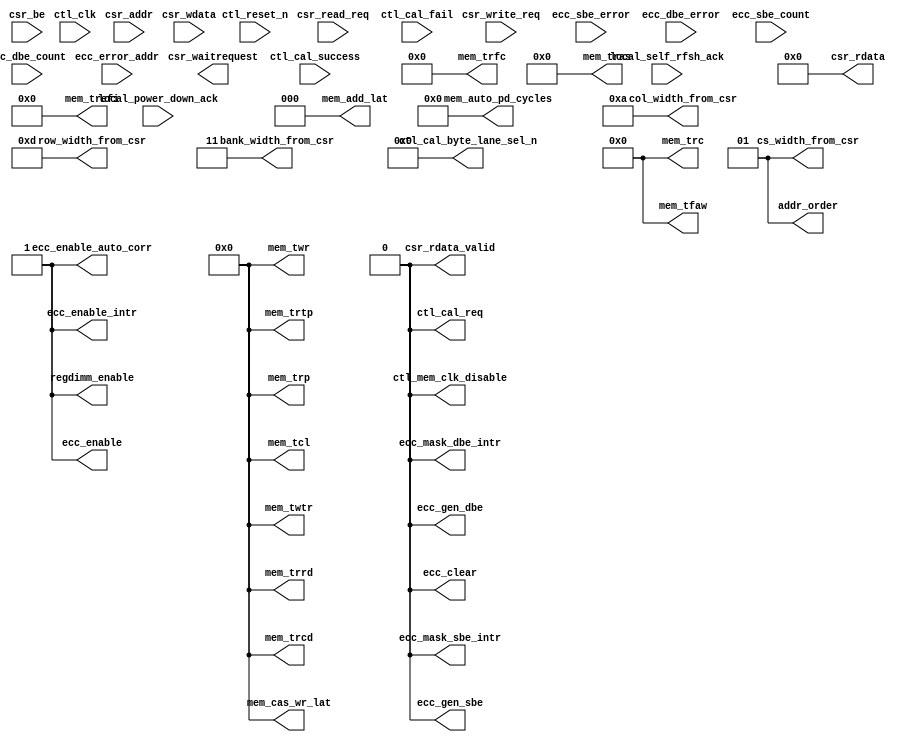
//Legal Notice: (C)2009 Altera Corporation. All rights reserved.  Your
//use of Altera Corporation's design tools, logic functions and other
//software and tools, and its AMPP partner logic functions, and any
//output files any of the foregoing (including device programming or
//simulation files), and any associated documentation or information are
//expressly subject to the terms and conditions of the Altera Program
//License Subscription Agreement or other applicable license agreement,
//including, without limitation, that your use is for the sole purpose
//of programming logic devices manufactured by Altera and sold by Altera
//or its authorized distributors.  Please refer to the applicable
//agreement for further details.

///////////////////////////////////////////////////////////////////////////////
// Title         : DDR controller CSR Interface
//
//
// Abstract      : CSR Interface for run time reconfigurability
///////////////////////////////////////////////////////////////////////////////

`timescale 1 ps / 1 ps
module alt_ddrx_csr #
    ( parameter
        DWIDTH_RATIO                = 2,
        CTL_CSR_ENABLED             = 0,
        CTL_ECC_CSR_ENABLED         = 0,
        CSR_ADDR_WIDTH              = 8,
        CSR_DATA_WIDTH              = 32,
        
        MEM_IF_CLK_PAIR_COUNT       = 1,
        MEM_IF_DQS_WIDTH            = 72,
        
        MEM_IF_CS_WIDTH             = 2,
        MEM_IF_CHIP_BITS            = 1,
        MEM_IF_ROW_WIDTH            = 13,      // max supported row bits
        MEM_IF_COL_WIDTH            = 10,      // max supported column bits
        MEM_IF_BA_WIDTH             = 3,       // max supported bank bits
        
        CTL_ECC_ENABLED             = 1,
        CTL_ECC_RMW_ENABLED         = 1,
        CTL_REGDIMM_ENABLED         = 0,
        
        // timing parameter width
        CAS_WR_LAT_BUS_WIDTH        = 4,       // max will be 8 in DDR3
        ADD_LAT_BUS_WIDTH           = 3,       // max will be 6 in DDR2
        TCL_BUS_WIDTH               = 4,       // max will be 11 in DDR3
        TRRD_BUS_WIDTH              = 4,       // 2 - 8
        TFAW_BUS_WIDTH              = 6,       // 6 - 32
        TRFC_BUS_WIDTH              = 8,       // 12 - 140?
        TREFI_BUS_WIDTH             = 13,      // 780 - 6240
        TRCD_BUS_WIDTH              = 4,       // 2 - 11
        TRP_BUS_WIDTH               = 4,       // 2 - 11
        TWR_BUS_WIDTH               = 4,       // 2 - 12
        TWTR_BUS_WIDTH              = 4,       // 1 - 10
        TRTP_BUS_WIDTH              = 4,       // 2 - 8
        TRAS_BUS_WIDTH              = 5,       // 4 - 29
        TRC_BUS_WIDTH               = 6,       // 8 - 40
        AUTO_PD_BUS_WIDTH           = 16,      // same as CSR interface
        
        // timing parameter
        MEM_CAS_WR_LAT              = 0,        // these timing parameter must be set properly for controller to work
        MEM_ADD_LAT                 = 0,        // these timing parameter must be set properly for controller to work
        MEM_TCL                     = 0,        // these timing parameter must be set properly for controller to work
        MEM_TRRD                    = 0,        // these timing parameter must be set properly for controller to work
        MEM_TFAW                    = 0,        // these timing parameter must be set properly for controller to work
        MEM_TRFC                    = 0,        // these timing parameter must be set properly for controller to work
        MEM_TREFI                   = 0,        // these timing parameter must be set properly for controller to work
        MEM_TRCD                    = 0,        // these timing parameter must be set properly for controller to work
        MEM_TRP                     = 0,        // these timing parameter must be set properly for controller to work
        MEM_TWR                     = 0,        // these timing parameter must be set properly for controller to work
        MEM_TWTR                    = 0,        // these timing parameter must be set properly for controller to work
        MEM_TRTP                    = 0,        // these timing parameter must be set properly for controller to work
        MEM_TRAS                    = 0,        // these timing parameter must be set properly for controller to work
        MEM_TRC                     = 0,        // these timing parameter must be set properly for controller to work
        MEM_AUTO_PD_CYCLES          = 0,        // these timing parameter must be set properly for controller to work
        
        // parameters used by input interface
        ADDR_ORDER                  = 1,        // normally we will use '1' for chip, bank, row, column arrangement
        MEM_IF_CSR_COL_WIDTH        = 4,
        MEM_IF_CSR_ROW_WIDTH        = 5,
        MEM_IF_CSR_BANK_WIDTH       = 2,
        MEM_IF_CSR_CS_WIDTH         = 2
    )
    (
        ctl_clk,
        ctl_reset_n,
        
        // csr interface (Avalon)
        csr_addr,
        csr_be,
        csr_write_req,
        csr_wdata,
        csr_read_req,
        csr_rdata,
        csr_rdata_valid,
        csr_waitrequest,
        
        // input from PHY
        ctl_cal_success,
        ctl_cal_fail,
        
        // input from state machine
        local_power_down_ack,
        local_self_rfsh_ack,
        
        // input from ecc
        ecc_sbe_error,
        ecc_dbe_error,
        ecc_sbe_count,
        ecc_dbe_count,
        ecc_error_addr,
        
        // output to PHY
        ctl_cal_req,
        ctl_mem_clk_disable,
        ctl_cal_byte_lane_sel_n,
        
        // output to timer
        mem_cas_wr_lat,
        mem_add_lat,
        mem_tcl,
        mem_trrd,
        mem_tfaw,
        mem_trfc,
        mem_trefi,
        mem_trcd,
        mem_trp,
        mem_twr,
        mem_twtr,
        mem_trtp,
        mem_tras,
        mem_trc,
        mem_auto_pd_cycles,
        
        // output to input interface
        addr_order,
        col_width_from_csr,
        row_width_from_csr,
        bank_width_from_csr,
        cs_width_from_csr,
        
        // output to ecc
        ecc_enable,
        ecc_enable_auto_corr,
        ecc_gen_sbe,
        ecc_gen_dbe,
        ecc_enable_intr,
        ecc_mask_sbe_intr,
        ecc_mask_dbe_intr,
        ecc_clear,

        // output to others
        regdimm_enable
    );

input ctl_clk;
input ctl_reset_n;

input csr_write_req;
input csr_read_req;
input [CSR_ADDR_WIDTH - 1       : 0] csr_addr;
input [CSR_DATA_WIDTH - 1       : 0] csr_wdata;
input [(CSR_DATA_WIDTH / 8) - 1 : 0] csr_be;

output csr_waitrequest;
output csr_rdata_valid;
output [CSR_DATA_WIDTH - 1 : 0] csr_rdata;

// input from AFI
input ctl_cal_success;
input ctl_cal_fail;

// input from state machine
input local_power_down_ack;
input local_self_rfsh_ack;

// input from ecc
input           ecc_sbe_error;
input           ecc_dbe_error;
input  [7  : 0] ecc_sbe_count;
input  [7  : 0] ecc_dbe_count;
input  [31 : 0] ecc_error_addr;

// output to PHY
output                                              ctl_cal_req;
output [MEM_IF_CLK_PAIR_COUNT              - 1 : 0] ctl_mem_clk_disable;
output [MEM_IF_DQS_WIDTH * MEM_IF_CS_WIDTH - 1 : 0] ctl_cal_byte_lane_sel_n;

// output to timer
output [CAS_WR_LAT_BUS_WIDTH - 1 : 0] mem_cas_wr_lat;
output [ADD_LAT_BUS_WIDTH    - 1 : 0] mem_add_lat;
output [TCL_BUS_WIDTH        - 1 : 0] mem_tcl;
output [TRRD_BUS_WIDTH       - 1 : 0] mem_trrd;
output [TFAW_BUS_WIDTH       - 1 : 0] mem_tfaw;
output [TRFC_BUS_WIDTH       - 1 : 0] mem_trfc;
output [TREFI_BUS_WIDTH      - 1 : 0] mem_trefi;
output [TRCD_BUS_WIDTH       - 1 : 0] mem_trcd;
output [TRP_BUS_WIDTH        - 1 : 0] mem_trp;
output [TWR_BUS_WIDTH        - 1 : 0] mem_twr;
output [TWTR_BUS_WIDTH       - 1 : 0] mem_twtr;
output [TRTP_BUS_WIDTH       - 1 : 0] mem_trtp;
output [TRAS_BUS_WIDTH       - 1 : 0] mem_tras;
output [TRC_BUS_WIDTH        - 1 : 0] mem_trc;
output [AUTO_PD_BUS_WIDTH    - 1 : 0] mem_auto_pd_cycles;

// output to input interface
output [1 : 0]                         addr_order;
output [MEM_IF_CSR_COL_WIDTH  - 1 : 0] col_width_from_csr;
output [MEM_IF_CSR_ROW_WIDTH  - 1 : 0] row_width_from_csr;
output [MEM_IF_CSR_BANK_WIDTH - 1 : 0] bank_width_from_csr;
output [MEM_IF_CSR_CS_WIDTH   - 1 : 0] cs_width_from_csr;

//output to ecc
output ecc_enable;
output ecc_enable_auto_corr;
output ecc_gen_sbe;
output ecc_gen_dbe;
output ecc_enable_intr;
output ecc_mask_sbe_intr;
output ecc_mask_dbe_intr;
output ecc_clear;

output regdimm_enable;

wire csr_waitrequest;
wire csr_rdata_valid;
wire [CSR_DATA_WIDTH - 1 : 0] csr_rdata;

reg int_write_req;
reg int_read_req;
reg int_rdata_valid;
reg [8              - 1       : 0] int_addr; // hard-coded to only 8 bits
reg [CSR_DATA_WIDTH - 1       : 0] int_wdata;
reg [CSR_DATA_WIDTH - 1       : 0] int_rdata;
reg [(CSR_DATA_WIDTH / 8) - 1 : 0] int_be;

// output to PHY
wire                                              ctl_cal_req;
wire [MEM_IF_CLK_PAIR_COUNT              - 1 : 0] ctl_mem_clk_disable;
wire [MEM_IF_DQS_WIDTH * MEM_IF_CS_WIDTH - 1 : 0] ctl_cal_byte_lane_sel_n;

// output to timer
wire [CAS_WR_LAT_BUS_WIDTH - 1 : 0] mem_cas_wr_lat;
wire [ADD_LAT_BUS_WIDTH    - 1 : 0] mem_add_lat;
wire [TCL_BUS_WIDTH        - 1 : 0] mem_tcl;
wire [TRRD_BUS_WIDTH       - 1 : 0] mem_trrd;
wire [TFAW_BUS_WIDTH       - 1 : 0] mem_tfaw;
wire [TRFC_BUS_WIDTH       - 1 : 0] mem_trfc;
wire [TREFI_BUS_WIDTH      - 1 : 0] mem_trefi;
wire [TRCD_BUS_WIDTH       - 1 : 0] mem_trcd;
wire [TRP_BUS_WIDTH        - 1 : 0] mem_trp;
wire [TWR_BUS_WIDTH        - 1 : 0] mem_twr;
wire [TWTR_BUS_WIDTH       - 1 : 0] mem_twtr;
wire [TRTP_BUS_WIDTH       - 1 : 0] mem_trtp;
wire [TRAS_BUS_WIDTH       - 1 : 0] mem_tras;
wire [TRC_BUS_WIDTH        - 1 : 0] mem_trc;
wire [AUTO_PD_BUS_WIDTH    - 1 : 0] mem_auto_pd_cycles;

// output to input interface
wire [1 : 0]                         addr_order;
wire [MEM_IF_CSR_COL_WIDTH  - 1 : 0] col_width_from_csr;
wire [MEM_IF_CSR_ROW_WIDTH  - 1 : 0] row_width_from_csr;
wire [MEM_IF_CSR_BANK_WIDTH - 1 : 0] bank_width_from_csr;
wire [MEM_IF_CSR_CS_WIDTH   - 1 : 0] cs_width_from_csr;

//output to ecc
wire ecc_enable;
wire ecc_enable_auto_corr;
wire ecc_gen_sbe;
wire ecc_gen_dbe;
wire ecc_enable_intr;
wire ecc_mask_sbe_intr;
wire ecc_mask_dbe_intr;
wire ecc_clear;

// output to others
wire regdimm_enable;

// CSR read registers
reg [CSR_DATA_WIDTH - 1 : 0] read_csr_register_100;

reg [CSR_DATA_WIDTH - 1 : 0] read_csr_register_110;

reg [CSR_DATA_WIDTH - 1 : 0] read_csr_register_120;
reg [CSR_DATA_WIDTH - 1 : 0] read_csr_register_121;
reg [CSR_DATA_WIDTH - 1 : 0] read_csr_register_122;
reg [CSR_DATA_WIDTH - 1 : 0] read_csr_register_123;
reg [CSR_DATA_WIDTH - 1 : 0] read_csr_register_124;
reg [CSR_DATA_WIDTH - 1 : 0] read_csr_register_125;
reg [CSR_DATA_WIDTH - 1 : 0] read_csr_register_126;

reg [CSR_DATA_WIDTH - 1 : 0] read_csr_register_130;
reg [CSR_DATA_WIDTH - 1 : 0] read_csr_register_131;
reg [CSR_DATA_WIDTH - 1 : 0] read_csr_register_132;

/*------------------------------------------------------------------------------

   CSR Interface

------------------------------------------------------------------------------*/
generate
    if (!CTL_CSR_ENABLED && !CTL_ECC_CSR_ENABLED)
    begin
        // when both csr and ecc csr is disabled
        assign csr_rdata       = 0;
        assign csr_rdata_valid = 0;
    end
    else
    begin
        // register all inputs
        always @ (posedge ctl_clk or negedge ctl_reset_n)
        begin
            if (!ctl_reset_n)
            begin
                int_write_req <= 0;
                int_read_req  <= 0;
                int_addr      <= 0;
                int_wdata     <= 0;
                int_be        <= 0;
            end
            else
            begin
                int_addr  <= csr_addr [7 : 0]; // we only need the bottom 8 bits
                int_wdata <= csr_wdata;
                int_be    <= csr_be;
                
                if (csr_write_req)
                    int_write_req <= 1'b1;
                else
                    int_write_req <= 1'b0;
                
                if (csr_read_req)
                    int_read_req <= 1'b1;
                else
                    int_read_req <= 1'b0;
            end
        end
        
        /*------------------------------------------------------------------------------
        
           Read Interface
        
        ------------------------------------------------------------------------------*/
        assign csr_rdata       = int_rdata;
        assign csr_rdata_valid = int_rdata_valid;
        
        always @ (posedge ctl_clk or negedge ctl_reset_n)
        begin
            if (!ctl_reset_n)
            begin
                int_rdata       <= 0;
                int_rdata_valid <= 0;
            end
            else
            begin
                if (int_read_req)
                begin
                    if (int_addr == 8'h00)
                        int_rdata <= read_csr_register_100;
                    else if (int_addr == 8'h10)
                        int_rdata <= read_csr_register_110;
                    else if (int_addr == 8'h20)
                        int_rdata <= read_csr_register_120;
                    else if (int_addr == 8'h21)
                        int_rdata <= read_csr_register_121;
                    else if (int_addr == 8'h22)
                        int_rdata <= read_csr_register_122;
                    else if (int_addr == 8'h23)
                        int_rdata <= read_csr_register_123;
                    else if (int_addr == 8'h24)
                        int_rdata <= read_csr_register_124;
                    else if (int_addr == 8'h25)
                        int_rdata <= read_csr_register_125;
                    else if (int_addr == 8'h26)
                        int_rdata <= read_csr_register_126;
                    else if (int_addr == 8'h30)
                        int_rdata <= read_csr_register_130;
                    else if (int_addr == 8'h31)
                        int_rdata <= read_csr_register_131;
                    else if (int_addr == 8'h32)
                        int_rdata <= read_csr_register_132;
                end
                
                if (int_read_req)
                    int_rdata_valid <= 1'b1;
                else
                    int_rdata_valid <= 1'b0;
            end
        end
    end
endgenerate

/*------------------------------------------------------------------------------

   CSR Registers

------------------------------------------------------------------------------*/
generate
    genvar i;
    if (!CTL_CSR_ENABLED) // when csr is disabled
    begin
        // assigning values to the top
        assign mem_cas_wr_lat          = MEM_CAS_WR_LAT;
        assign mem_add_lat             = MEM_ADD_LAT;
        assign mem_tcl                 = MEM_TCL;
        assign mem_trrd                = MEM_TRRD;
        assign mem_tfaw                = MEM_TFAW;
        assign mem_trfc                = MEM_TRFC;
        assign mem_trefi               = MEM_TREFI;
        assign mem_trcd                = MEM_TRCD;
        assign mem_trp                 = MEM_TRP;
        assign mem_twr                 = MEM_TWR;
        assign mem_twtr                = MEM_TWTR;
        assign mem_trtp                = MEM_TRTP;
        assign mem_tras                = MEM_TRAS;
        assign mem_trc                 = MEM_TRC;
        assign mem_auto_pd_cycles      = MEM_AUTO_PD_CYCLES;
        
        assign addr_order              = ADDR_ORDER;
        assign cs_width_from_csr       = MEM_IF_CS_WIDTH > 1 ? MEM_IF_CHIP_BITS : 0;
        assign bank_width_from_csr     = MEM_IF_BA_WIDTH;
        assign row_width_from_csr      = MEM_IF_ROW_WIDTH;
        assign col_width_from_csr      = MEM_IF_COL_WIDTH;
        
        assign ctl_cal_req             = 0;
        assign ctl_mem_clk_disable     = 0;
        assign ctl_cal_byte_lane_sel_n = 0;
        
        assign regdimm_enable          = 1'b1; // udimm or rdimm determined by parameter CTL_REGDIMM_ENABLED
    end
    else
    begin
        /*------------------------------------------------------------------------------
        
           0x100 ALTMEPHY Status and Control Register
        
        ------------------------------------------------------------------------------*/
        reg         csr_cal_success;
        reg         csr_cal_fail;
        reg         csr_cal_req;
        reg [5 : 0] csr_clock_off;
        
        // assign value back to top
        assign ctl_cal_req         = csr_cal_req;
        assign ctl_mem_clk_disable = csr_clock_off [MEM_IF_CLK_PAIR_COUNT - 1 : 0];
        
        // register arrays to store CSR informations
        always @ (posedge ctl_clk or negedge ctl_reset_n)
        begin
            if (!ctl_reset_n)
            begin
                csr_cal_req     <= 0;
                csr_clock_off   <= 0;
            end
            else
            begin
                // write request
                if (int_write_req && int_addr == 8'h00)
                begin
                    if (int_be [0])
                    begin
                        csr_cal_req   <= int_wdata [2]     ;
                    end
                    
                    if (int_be [1])
                    begin
                        csr_clock_off <= int_wdata [13 : 8];
                    end
                end
            end
        end
        
        // read only registers
        always @ (posedge ctl_clk or negedge ctl_reset_n)
        begin
            if (!ctl_reset_n)
            begin
                csr_cal_success <= 0;
                csr_cal_fail    <= 0;
            end
            else
            begin
                csr_cal_success <= ctl_cal_success;
                csr_cal_fail    <= ctl_cal_fail;
            end
        end
        
        // assigning read datas back to 32 bit bus
        always @ (*)
        begin
            // first, set all to zeros
            read_csr_register_100 = 0;
            
            // then we set individual bits
            read_csr_register_100 [0]      <= csr_cal_success;
            read_csr_register_100 [1]      <= csr_cal_fail;
            read_csr_register_100 [2]      <= csr_cal_req;
            read_csr_register_100 [13 : 8] <= csr_clock_off;
        end
        
        /*------------------------------------------------------------------------------
        
           0x110 Controller Status and Control Register
        
        ------------------------------------------------------------------------------*/
        reg [15 : 0] csr_auto_pd_cycles;
        reg          csr_auto_pd_ack;
        reg          csr_self_rfsh;    // yyong: remember to handle this
        reg          csr_self_rfsh_ack;
        reg          csr_ganged_arf;   // yyong: remember to handle this
        reg [1  : 0] csr_addr_order;
        reg          csr_reg_dimm;     // yyong: remember to handle this
        reg [1  : 0] csr_drate;
        
        // assign value back to top
        assign mem_auto_pd_cycles = csr_auto_pd_cycles;
        assign addr_order         = csr_addr_order;
        assign regdimm_enable     = csr_reg_dimm;
        
        // register arrays to store CSR informations
        always @ (posedge ctl_clk or negedge ctl_reset_n)
        begin
            if (!ctl_reset_n)
            begin
                csr_auto_pd_cycles <= MEM_AUTO_PD_CYCLES;  // reset to default value
                csr_self_rfsh      <= 0;
                csr_ganged_arf     <= 0;
                csr_addr_order     <= 2'b01;               // reset to default value
                csr_reg_dimm       <= CTL_REGDIMM_ENABLED; // reset to default value
            end
            else
            begin
                // write request
                if (int_write_req && int_addr == 8'h10)
                begin
                    if (int_be [0])
                    begin
                        csr_auto_pd_cycles [ 7 :  0] <= int_wdata [ 7 :  0];
                    end
                    
                    if (int_be [1])
                    begin
                        csr_auto_pd_cycles [15 :  8] <= int_wdata [15 :  8];
                    end
                    
                    if (int_be [2])
                    begin
                        csr_self_rfsh      <= int_wdata [17]     ;
                        csr_ganged_arf     <= int_wdata [19]     ;
                        csr_addr_order     <= int_wdata [21 : 20];
                        csr_reg_dimm       <= int_wdata [22]     ;
                    end
                end
            end
        end
        
        // read only registers
        always @ (posedge ctl_clk or negedge ctl_reset_n)
        begin
            if (!ctl_reset_n)
            begin
                csr_auto_pd_ack   <= 0;
                csr_self_rfsh_ack <= 0;
                csr_drate         <= 0;
            end
            else
            begin
                csr_auto_pd_ack   <= local_power_down_ack;
                csr_self_rfsh_ack <= local_self_rfsh_ack;
                csr_drate         <= (DWIDTH_RATIO == 2) ? 2'b00 : 2'b01; // Fullrate - 00, Halfrate - 01
            end
        end
        
        // assigning read datas back to 32 bit bus
        always @ (*)
        begin
            // first, set all to zeros
            read_csr_register_110 = 0;
            
            // then we set individual bits
            read_csr_register_110 [15 : 0 ] <= csr_auto_pd_cycles;
            read_csr_register_110 [16]      <= csr_auto_pd_ack;
            read_csr_register_110 [17]      <= csr_self_rfsh;
            read_csr_register_110 [18]      <= csr_self_rfsh_ack;
            read_csr_register_110 [19]      <= csr_ganged_arf;
            read_csr_register_110 [21 : 20] <= csr_addr_order;
            read_csr_register_110 [22]      <= csr_reg_dimm;
        end
        
        /*------------------------------------------------------------------------------
        
           0x120 Memory Address Sizes 0
        
        ------------------------------------------------------------------------------*/
        reg [7 : 0] csr_col_width;
        reg [7 : 0] csr_row_width;
        reg [3 : 0] csr_bank_width;
        reg [3 : 0] csr_chip_width;
        
        // assign value back to top
        assign cs_width_from_csr    = csr_chip_width [MEM_IF_CSR_CS_WIDTH   - 1 : 0];
        assign bank_width_from_csr  = csr_bank_width [MEM_IF_CSR_BANK_WIDTH - 1 : 0];
        assign row_width_from_csr   = csr_row_width  [MEM_IF_CSR_ROW_WIDTH  - 1 : 0];
        assign col_width_from_csr   = csr_col_width  [MEM_IF_CSR_COL_WIDTH  - 1 : 0];
        
        // register arrays to store CSR informations
        always @ (posedge ctl_clk or negedge ctl_reset_n)
        begin
            if (!ctl_reset_n)
            begin
                csr_col_width  <= MEM_IF_COL_WIDTH;                           // reset to default value
                csr_row_width  <= MEM_IF_ROW_WIDTH;                           // reset to default value
                csr_bank_width <= MEM_IF_BA_WIDTH;                            // reset to default value
                csr_chip_width <= MEM_IF_CS_WIDTH > 1 ? MEM_IF_CHIP_BITS : 0; // reset to default value
            end
            else
            begin
                // write request
                if (int_write_req && int_addr == 8'h20)
                begin
                    if (int_be [0])
                    begin
                        csr_col_width  <= int_wdata [7  : 0 ];
                    end
                    
                    if (int_be [1])
                    begin
                        csr_row_width  <= int_wdata [15 : 8 ];
                    end
                    
                    if (int_be [2])
                    begin
                         csr_bank_width <= int_wdata [19 : 16];
                         csr_chip_width <= int_wdata [23 : 20];
                    end
                end
            end
        end
        
        // assigning read datas back to 32 bit bus
        always @ (*)
        begin
            // first, set all to zeros
            read_csr_register_120 = 0;
            
            // then we set individual bits
            read_csr_register_120 [7  : 0 ] <= csr_col_width;
            read_csr_register_120 [15 : 8 ] <= csr_row_width;
            read_csr_register_120 [19 : 16] <= csr_bank_width;
            read_csr_register_120 [23 : 20] <= csr_chip_width;
        end
        
        /*------------------------------------------------------------------------------
        
           0x121 Memory Address Sizes 1
        
        ------------------------------------------------------------------------------*/
        reg [31 : 0] csr_data_binary_representation;
        reg [7 : 0] csr_chip_binary_representation;
        
        reg [MEM_IF_DQS_WIDTH * MEM_IF_CS_WIDTH - 1 : 0] cal_byte_lane;
        
        // assign value back to top
        assign ctl_cal_byte_lane_sel_n = ~cal_byte_lane;
        
        // determine cal_byte_lane base on csr data
        for (i = 0;i < MEM_IF_CS_WIDTH;i = i + 1)
        begin : ctl_cal_byte_lane_per_chip
            always @ (posedge ctl_clk or negedge ctl_reset_n)
            begin
                if (!ctl_reset_n)
                    cal_byte_lane [(i + 1) * MEM_IF_DQS_WIDTH - 1 : i * MEM_IF_DQS_WIDTH] <= {MEM_IF_DQS_WIDTH{1'b1}}; // setting to all ones
                else
                begin
                    if (csr_chip_binary_representation[i])
                        cal_byte_lane [(i + 1) * MEM_IF_DQS_WIDTH - 1 : i * MEM_IF_DQS_WIDTH] <= csr_data_binary_representation [MEM_IF_DQS_WIDTH - 1 : 0];
                    else
                        cal_byte_lane [(i + 1) * MEM_IF_DQS_WIDTH - 1 : i * MEM_IF_DQS_WIDTH] <= 0;
                end
            end
        end
        
        // register arrays to store CSR informations
        always @ (posedge ctl_clk or negedge ctl_reset_n)
        begin
            if (!ctl_reset_n)
            begin
                csr_data_binary_representation <= {MEM_IF_DQS_WIDTH{1'b1}};
            end
            else
            begin
                // write request
                if (int_write_req && int_addr == 8'h21)
                begin
                    if (int_be [0])
                    begin
                        csr_data_binary_representation [ 7 :  0] <= int_wdata [ 7 :  0];
                    end
                    
                    if (int_be [1])
                    begin
                        csr_data_binary_representation [15 :  8] <= int_wdata [15 :  8];
                    end
                    
                    if (int_be [2])
                    begin
                        csr_data_binary_representation [23 : 16] <= int_wdata [23 : 16];
                    end
                    
                    if (int_be [3])
                    begin
                        csr_data_binary_representation [31 : 24] <= int_wdata [31 : 24];
                    end
                end
            end
        end
        
        // assigning read datas back to 32 bit bus
        always @ (*)
        begin
            // first, set all to zeros
            read_csr_register_121 = 0;
            
            // then we set individual bits
            read_csr_register_121 [31 : 0 ] <= csr_data_binary_representation;
        end
        
        /*------------------------------------------------------------------------------
        
           0x122 Memory Address Sizes 2
        
        ------------------------------------------------------------------------------*/
        // register arrays to store CSR informations
        always @ (posedge ctl_clk or negedge ctl_reset_n)
        begin
            if (!ctl_reset_n)
            begin
                csr_chip_binary_representation <= {MEM_IF_CS_WIDTH{1'b1}};
            end
            else
            begin
                // write request
                if (int_write_req && int_addr == 8'h22)
                begin
                    if (int_be [0])
                    begin
                        csr_chip_binary_representation [ 7 :  0] <= int_wdata [7  : 0 ];
                    end
                end
            end
        end
        
        // assigning read datas back to 32 bit bus
        always @ (*)
        begin
            // first, set all to zeros
            read_csr_register_122 = 0;
            
            // then we set individual bits
            read_csr_register_122 [7  : 0 ] <= csr_chip_binary_representation;
        end
        
        /*------------------------------------------------------------------------------
        
           0x123 Memory Timing Parameters Registers 0
        
        ------------------------------------------------------------------------------*/
        reg [3 : 0] csr_trcd;
        reg [3 : 0] csr_trrd;
        reg [3 : 0] csr_trp;
        reg [3 : 0] csr_tmrd; // yyong: might remove this
        reg [7 : 0] csr_tras;
        reg [7 : 0] csr_trc;
        
        // assign value back to top
        assign mem_trcd = csr_trcd [TRCD_BUS_WIDTH - 1 : 0];
        assign mem_trrd = csr_trrd [TRRD_BUS_WIDTH - 1 : 0];
        assign mem_trp  = csr_trp  [TRP_BUS_WIDTH  - 1 : 0];
        assign mem_tras = csr_tras [TRAS_BUS_WIDTH - 1 : 0];
        assign mem_trc  = csr_trc  [TRC_BUS_WIDTH  - 1 : 0];
        
        // register arrays to store CSR informations
        always @ (posedge ctl_clk or negedge ctl_reset_n)
        begin
            if (!ctl_reset_n)
            begin
                csr_trcd <= MEM_TRCD; // reset to default value
                csr_trrd <= MEM_TRRD; // reset to default value
                csr_trp  <= MEM_TRP;  // reset to default value
                csr_tmrd <= 0;        // yyong: might remove this
                csr_tras <= MEM_TRAS; // reset to default value
                csr_trc  <= MEM_TRC;  // reset to default value
            end
            else
            begin
                // write request
                if (int_write_req && int_addr == 8'h23)
                begin
                    if (int_be [0])
                    begin
                        csr_trcd <= int_wdata [3  : 0 ];
                        csr_trrd <= int_wdata [7  : 4 ];
                    end
                    
                    if (int_be [1])
                    begin
                        csr_trp  <= int_wdata [11 : 8 ];
                        csr_tmrd <= int_wdata [15 : 12];
                    end
                    
                    if (int_be [2])
                    begin
                        csr_tras <= int_wdata [23 : 16];
                    end
                    
                    if (int_be [3])
                    begin
                        csr_trc  <= int_wdata [31 : 24];
                    end
                end
            end
        end
        
        // assigning read datas back to 32 bit bus
        always @ (*)
        begin
            // first, set all to zeros
            read_csr_register_123 = 0;
            
            // then we set individual bits
            read_csr_register_123 [3  : 0 ] <= csr_trcd;
            read_csr_register_123 [7  : 4 ] <= csr_trrd;
            read_csr_register_123 [11 : 8 ] <= csr_trp;
            read_csr_register_123 [15 : 12] <= csr_tmrd;
            read_csr_register_123 [23 : 16] <= csr_tras;
            read_csr_register_123 [31 : 24] <= csr_trc;
        end
        
        /*------------------------------------------------------------------------------
        
           0x124 Memory Timing Parameters Registers 1
        
        ------------------------------------------------------------------------------*/
        reg [3 : 0] csr_twtr;
        reg [3 : 0] csr_trtp;
        reg [7 : 0] csr_tfaw;
        
        // assign value back to top
        assign mem_twtr = csr_twtr [TWTR_BUS_WIDTH - 1 : 0];
        assign mem_trtp = csr_trtp [TRTP_BUS_WIDTH - 1 : 0];
        assign mem_tfaw = csr_tfaw [TFAW_BUS_WIDTH - 1 : 0];
        
        // register arrays to store CSR informations
        always @ (posedge ctl_clk or negedge ctl_reset_n)
        begin
            if (!ctl_reset_n)
            begin
                csr_twtr <= MEM_TWTR;
                csr_trtp <= MEM_TRTP;
                csr_tfaw <= MEM_TFAW;
            end
            else
            begin
                // write request
                if (int_write_req && int_addr == 8'h24)
                begin
                    if (int_be [0])
                    begin
                        csr_twtr <= int_wdata [3  : 0 ];
                        csr_trtp <= int_wdata [7  : 4 ];
                    end
                    
                    if (int_be [1])
                    begin
                        csr_tfaw <= int_wdata [15 : 8 ];
                    end
                end
            end
        end
        
        // assigning read datas back to 32 bit bus
        always @ (*)
        begin
            // first, set all to zeros
            read_csr_register_124 = 0;
            
            // then we set individual bits
            read_csr_register_124 [3  : 0 ] <= csr_twtr;
            read_csr_register_124 [7  : 4 ] <= csr_trtp;
            read_csr_register_124 [15 : 8 ] <= csr_tfaw;
        end
        
        /*------------------------------------------------------------------------------
        
           0x125 Memory Timing Parameters Registers 2
        
        ------------------------------------------------------------------------------*/
        reg [15 : 0] csr_trefi;
        reg [7  : 0] csr_trfc;
        
        // assign value back to top
        assign mem_trefi = csr_trefi [TREFI_BUS_WIDTH - 1 : 0];
        assign mem_trfc  = csr_trfc  [TRFC_BUS_WIDTH  - 1 : 0];
        
        // register arrays to store CSR informations
        always @ (posedge ctl_clk or negedge ctl_reset_n)
        begin
            if (!ctl_reset_n)
            begin
                csr_trefi <= MEM_TREFI;
                csr_trfc  <= MEM_TRFC;
            end
            else
            begin
                // write request
                if (int_write_req && int_addr == 8'h25)
                begin
                    if (int_be [0])
                    begin
                        csr_trefi [ 7 :  0] <= int_wdata [ 7 :  0];
                    end
                    
                    if (int_be [1])
                    begin
                        csr_trefi [15 :  8] <= int_wdata [15 :  8];
                    end
                    
                    if (int_be [2])
                    begin
                        csr_trfc  <= int_wdata [23 : 16];
                    end
                end
            end
        end
        
        // assigning read datas back to 32 bit bus
        always @ (*)
        begin
            // first, set all to zeros
            read_csr_register_125 = 0;
            
            // then we set individual bits
            read_csr_register_125 [15 : 0 ] <= csr_trefi;
            read_csr_register_125 [23 : 16] <= csr_trfc;
        end
        
        /*------------------------------------------------------------------------------
        
           0x126 Memory Timing Parameters Registers 3
        
        ------------------------------------------------------------------------------*/
        reg [3 : 0] csr_tcl;
        reg [3 : 0] csr_al;
        reg [3 : 0] csr_cwl;
        reg [3 : 0] csr_twr;
        
        // assign value back to top
        assign mem_tcl        = csr_tcl [TCL_BUS_WIDTH        - 1 : 0];
        assign mem_add_lat    = csr_al  [ADD_LAT_BUS_WIDTH    - 1 : 0];
        assign mem_cas_wr_lat = csr_cwl [CAS_WR_LAT_BUS_WIDTH - 1 : 0];
        assign mem_twr        = csr_twr [TWR_BUS_WIDTH        - 1 : 0];
        
        // register arrays to store CSR informations
        always @ (posedge ctl_clk or negedge ctl_reset_n)
        begin
            if (!ctl_reset_n)
            begin
                csr_tcl <= MEM_TCL;
                csr_al  <= MEM_ADD_LAT;
                csr_cwl <= MEM_CAS_WR_LAT;
                csr_twr <= MEM_TWR;
            end
            else
            begin
                // write request
                if (int_write_req && int_addr == 8'h26)
                begin
                    if (int_be [0])
                    begin
                        csr_tcl <= int_wdata [3  : 0 ];
                        csr_al  <= int_wdata [7  : 4 ];
                    end
                    
                    if (int_be [1])
                    begin
                        csr_cwl <= int_wdata [11 : 8 ];
                        csr_twr <= int_wdata [15 : 12];
                    end
                end
            end
        end
        
        // assigning read datas back to 32 bit bus
        always @ (*)
        begin
            // first, set all to zeros
            read_csr_register_126 = 0;
            
            // then we set individual bits
            read_csr_register_126 [3  : 0 ] <= csr_tcl;
            read_csr_register_126 [7  : 4 ] <= csr_al;
            read_csr_register_126 [11 : 8 ] <= csr_cwl;
            read_csr_register_126 [15 : 12] <= csr_twr;
        end
    end
    
    if (!CTL_ECC_CSR_ENABLED)
    begin
        assign ecc_enable              = 1'b1; // default value
        assign ecc_enable_auto_corr    = 1'b1; // default value
        assign ecc_gen_sbe             = 0;
        assign ecc_gen_dbe             = 0;
        assign ecc_enable_intr         = 1'b1; // default value
        assign ecc_mask_sbe_intr       = 0;
        assign ecc_mask_dbe_intr       = 0;
        assign ecc_clear               = 0;
    end
    else
    begin
        /*------------------------------------------------------------------------------
        
           0x130 ECC Control Register
        
        ------------------------------------------------------------------------------*/
        reg csr_enable_ecc;
        reg csr_enable_auto_corr;
        reg csr_gen_sbe;
        reg csr_gen_dbe;
        reg csr_enable_intr;
        reg csr_mask_sbe_intr;
        reg csr_mask_dbe_intr;
        reg csr_ecc_clear;
        
        // assign value back to top
        assign ecc_enable           = csr_enable_ecc;
        assign ecc_enable_auto_corr = csr_enable_auto_corr;
        assign ecc_gen_sbe          = csr_gen_sbe;
        assign ecc_gen_dbe          = csr_gen_dbe;
        assign ecc_enable_intr      = csr_enable_intr;
        assign ecc_mask_sbe_intr    = csr_mask_sbe_intr;
        assign ecc_mask_dbe_intr    = csr_mask_dbe_intr;
        assign ecc_clear            = csr_ecc_clear;
        
        // register arrays to store CSR informations
        always @ (posedge ctl_clk or negedge ctl_reset_n)
        begin
            if (!ctl_reset_n)
            begin
                csr_enable_ecc       <= CTL_ECC_ENABLED;
                csr_enable_auto_corr <= CTL_ECC_RMW_ENABLED;
                csr_gen_sbe          <= 0;
                csr_gen_dbe          <= 0;
                csr_enable_intr      <= 1'b1;
                csr_mask_sbe_intr    <= 0;
                csr_mask_dbe_intr    <= 0;
                csr_ecc_clear        <= 0;
            end
            else
            begin
                // write request
                if (int_write_req && int_addr == 8'h30)
                begin
                    if (int_be [0])
                    begin
                        csr_enable_ecc       <= int_wdata [0];
                        csr_enable_auto_corr <= int_wdata [1];
                        csr_gen_sbe          <= int_wdata [2];
                        csr_gen_dbe          <= int_wdata [3];
                        csr_enable_intr      <= int_wdata [4];
                        csr_mask_sbe_intr    <= int_wdata [5];
                        csr_mask_dbe_intr    <= int_wdata [6];
                        csr_ecc_clear        <= int_wdata [7];
                    end
                end
                
                // set csr_clear to zero after one clock cycle
                if (csr_ecc_clear)
                    csr_ecc_clear     <= 1'b0;
            end
        end
        
        // assigning read datas back to 32 bit bus
        always @ (*)
        begin
            // first, set all to zeros
            read_csr_register_130 = 0;
            
            // then we set individual bits
            read_csr_register_130 [0] <= csr_enable_ecc;
            read_csr_register_130 [1] <= csr_enable_auto_corr;
            read_csr_register_130 [2] <= csr_gen_sbe;
            read_csr_register_130 [3] <= csr_gen_dbe;
            read_csr_register_130 [4] <= csr_enable_intr;
            read_csr_register_130 [5] <= csr_mask_sbe_intr;
            read_csr_register_130 [6] <= csr_mask_dbe_intr;
            read_csr_register_130 [7] <= csr_ecc_clear;
        end
        
        /*------------------------------------------------------------------------------
        
           0x131 ECC Status Register (Read Only)
        
        ------------------------------------------------------------------------------*/
        reg         csr_sbe_error;
        reg         csr_dbe_error;
        reg [7 : 0] csr_sbe_count;
        reg [7 : 0] csr_dbe_count;
        
        // register arrays to store CSR informations
        always @ (posedge ctl_clk or negedge ctl_reset_n)
        begin
            if (!ctl_reset_n)
            begin
                csr_sbe_error <= 0;
                csr_dbe_error <= 0;
                csr_sbe_count <= 0;
                csr_dbe_count <= 0;
            end
            else
            begin
                // all registers are read only registers
                if (csr_ecc_clear)
                begin
                    csr_sbe_error <= 0;
                    csr_dbe_error <= 0;
                    csr_sbe_count <= 0;
                    csr_dbe_count <= 0;
                end
                else
                begin
                    csr_sbe_error <= ecc_sbe_error;
                    csr_dbe_error <= ecc_dbe_error;
                    csr_sbe_count <= ecc_sbe_count;
                    csr_dbe_count <= ecc_dbe_count;
                end
            end
        end
        
        // assigning read datas back to 32 bit bus
        always @ (*)
        begin
            // first, set all to zeros
            read_csr_register_131 = 0;
            
            // then we set individual bits
            read_csr_register_131 [0      ] <= csr_sbe_error;
            read_csr_register_131 [1      ] <= csr_dbe_error;
            read_csr_register_131 [15 : 8 ] <= csr_sbe_count;
            read_csr_register_131 [23 : 16] <= csr_dbe_count;
        end
        
        /*------------------------------------------------------------------------------
        
           0x132 ECC Error Address Register (Read Only)
        
        ------------------------------------------------------------------------------*/
        reg [31 : 0] csr_error_addr;
        
        // register arrays to store CSR informations
        always @ (posedge ctl_clk or negedge ctl_reset_n)
        begin
            if (!ctl_reset_n)
            begin
                csr_error_addr <= 0;
            end
            else
            begin
                // all registers are read only registers
                if (csr_ecc_clear)
                    csr_error_addr <= 0;
                else
                    csr_error_addr <= ecc_error_addr;
            end
        end
        
        // assigning read datas back to 32 bit bus
        always @ (*)
        begin
            // then we set individual bits
            read_csr_register_132 <= csr_error_addr;
        end
    end
endgenerate
























endmodule